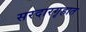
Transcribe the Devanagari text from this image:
सरदारगृहात